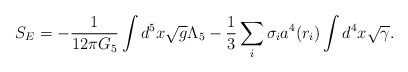
\begin{align*}S_E=-{1\over 12\pi G_5}\int d^5 x\sqrt{g} \Lambda_5-{1\over 3} \sum_i\sigma_i a^4(r_i)\int d^4 x \sqrt{\gamma}.\end{align*}